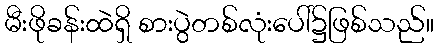
မီးဖိုခန်းထဲရှိ စားပွဲတစ်လုံးပေါ်၌ဖြစ်သည်။